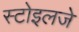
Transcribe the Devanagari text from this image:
स्टोइलजे